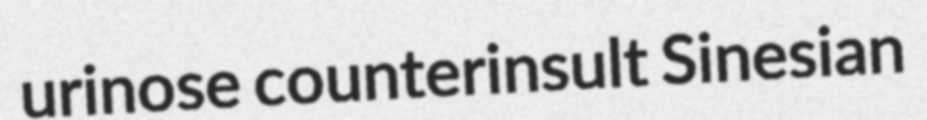
urinose counterinsult Sinesian